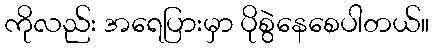
ကိုလည်း အရေပြားမှာ ပိုစွဲနေစေပါတယ်။